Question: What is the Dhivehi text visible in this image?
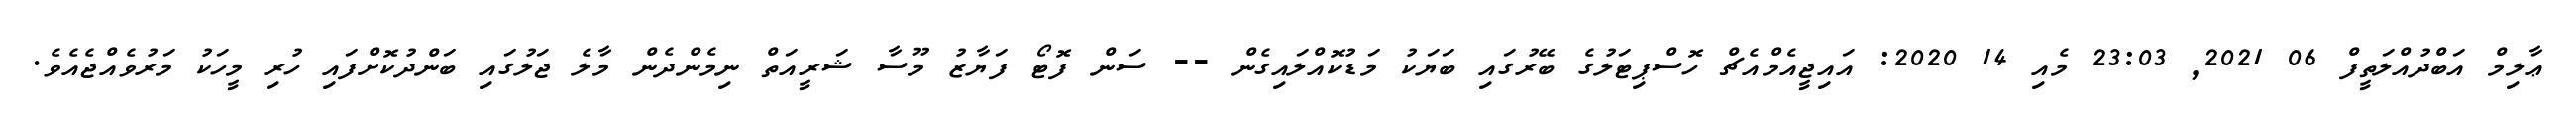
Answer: ޢާލިމް އަބްދުއްލަތީފް 06 2021, 23:03 މެއި 14 2020: އައިޖީއެމްއެޗް ހޮސްޕިޓަލުގެ ބޭރުގައި ބަޔަކު މަޑުކޮއްލައިގެން -- ސަން ފޮޓޯ ފަޔާޒު މޫސާ ޝަރީއަތް ނިމެންދެން މާލެ ޖަލުގައި ބަންދުކޮށްފައި ހުރި މީހަކު މަރުވެއްޖެއެވެ.